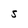
Character: S